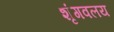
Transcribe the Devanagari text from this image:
शृंगवलय